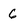
Character: 6